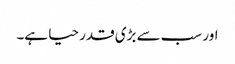
اور سب سے بڑی قدر حیا ہے۔